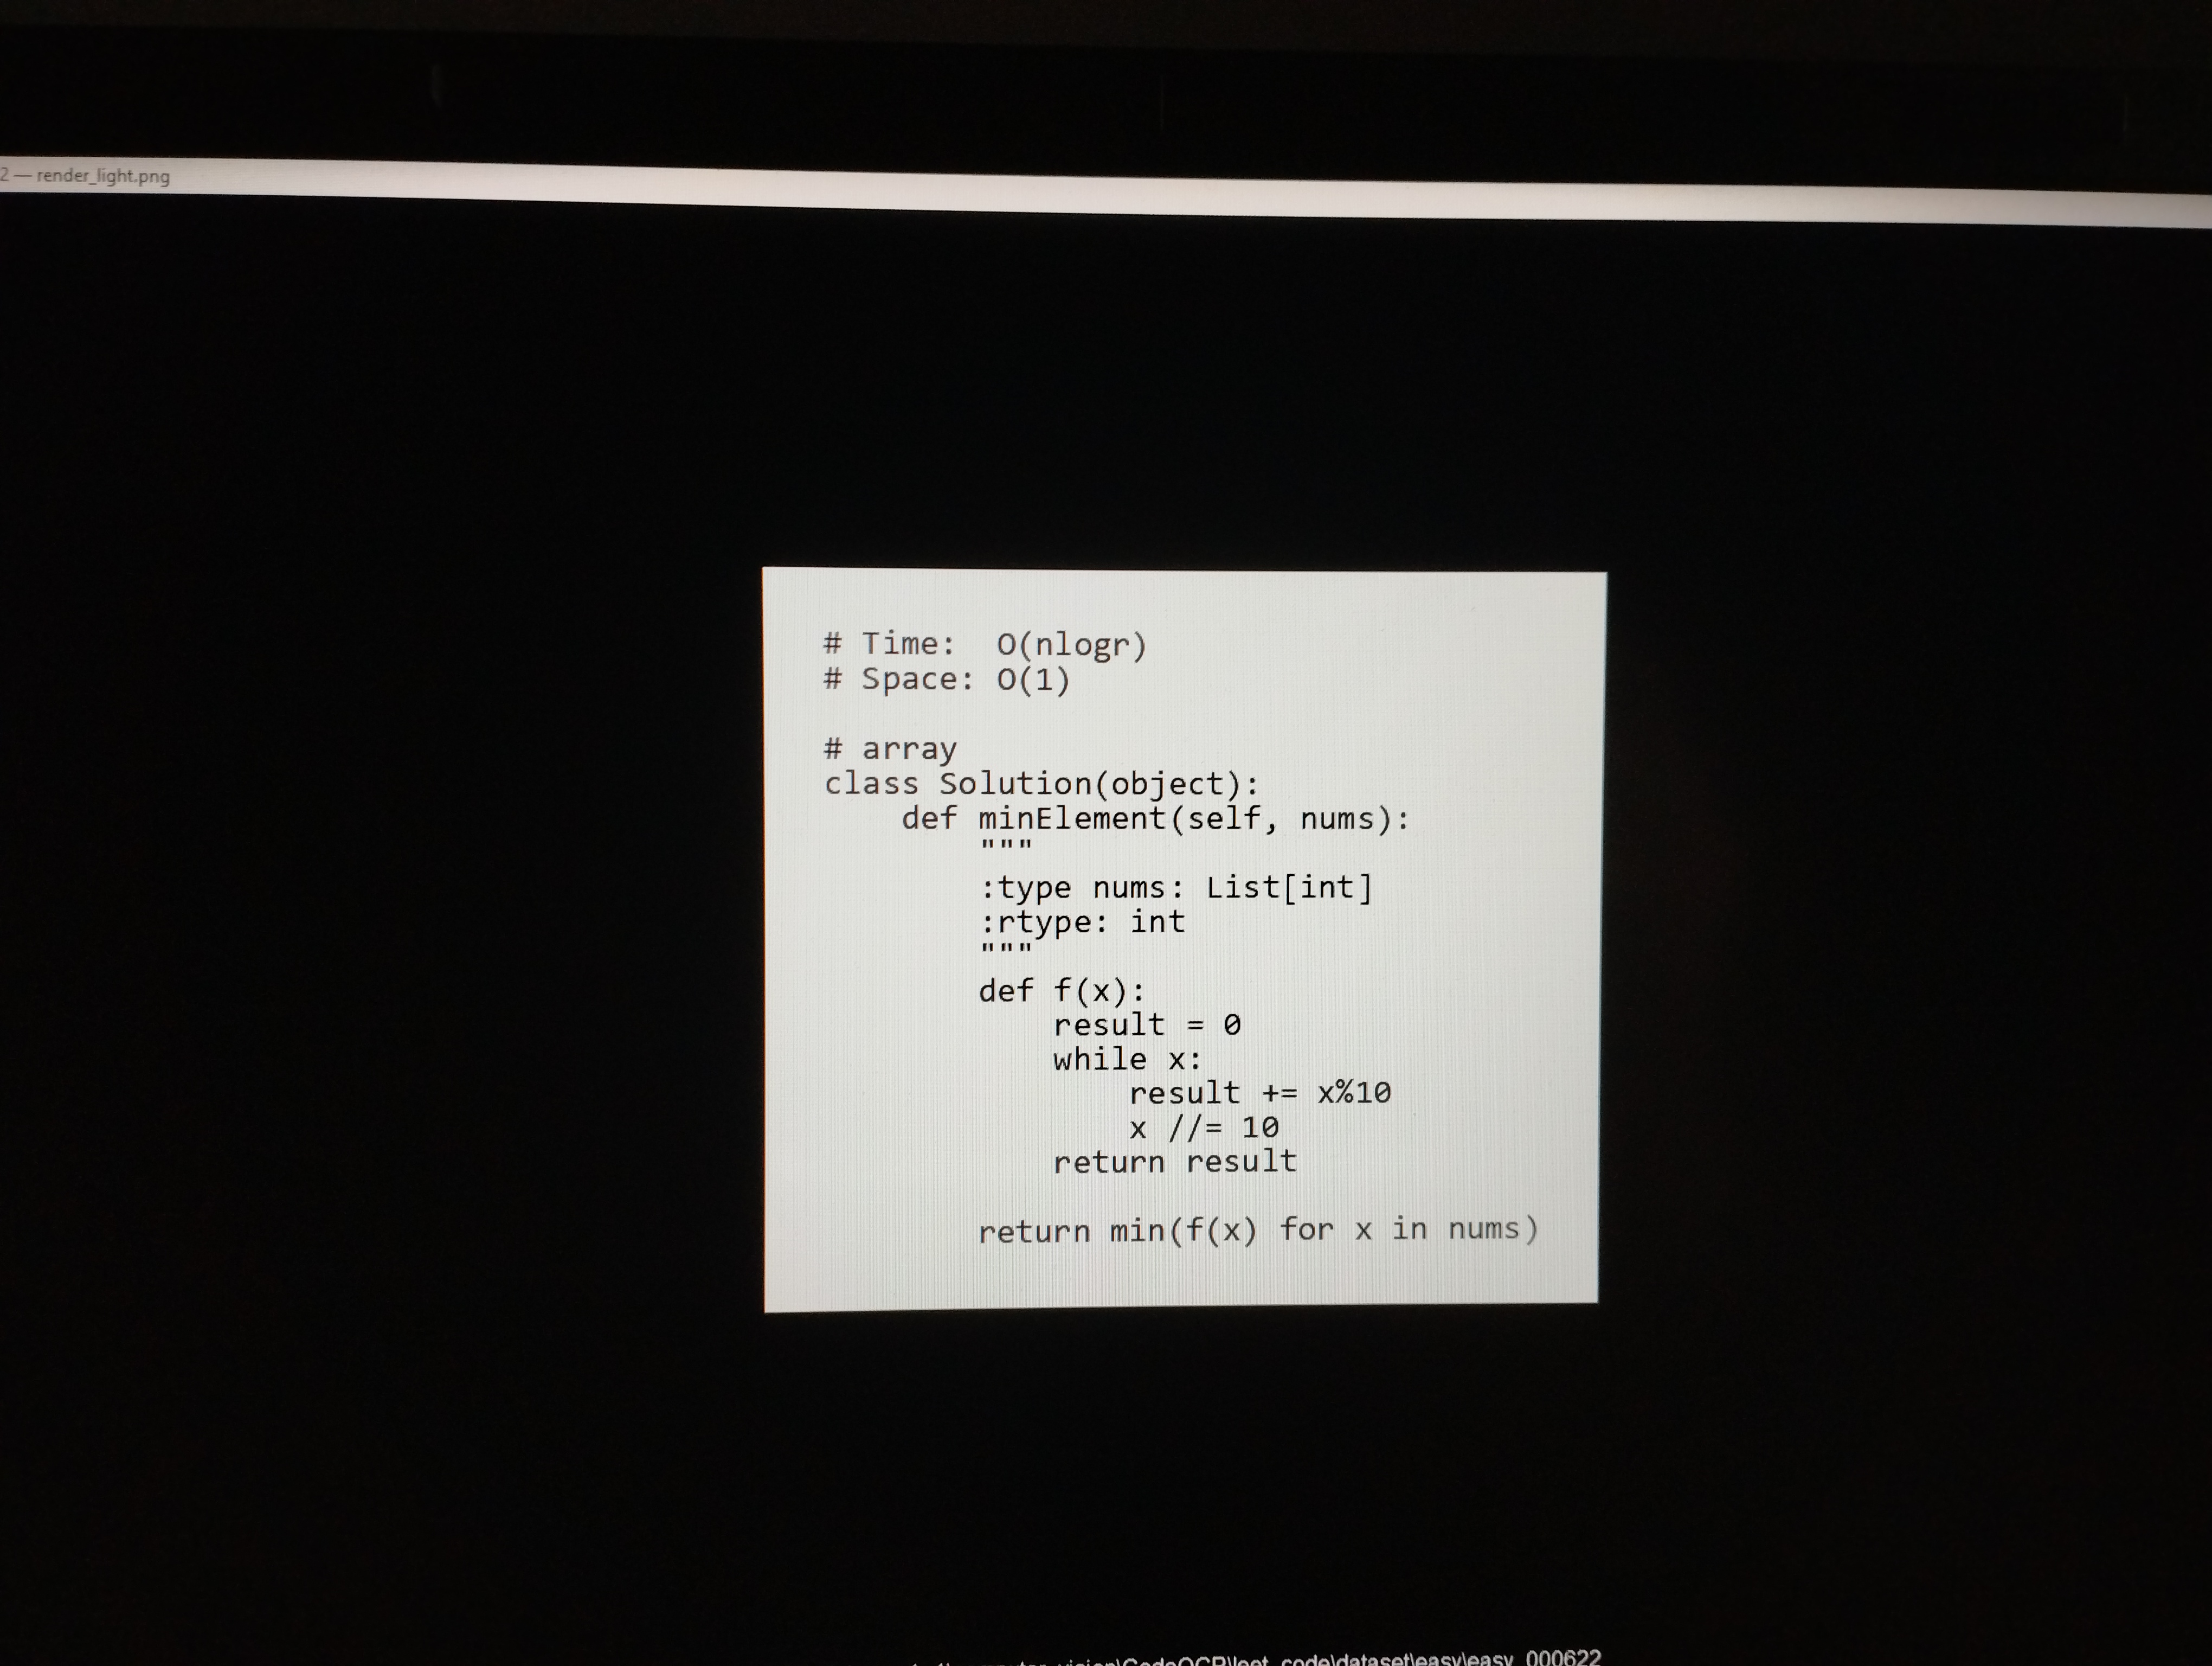
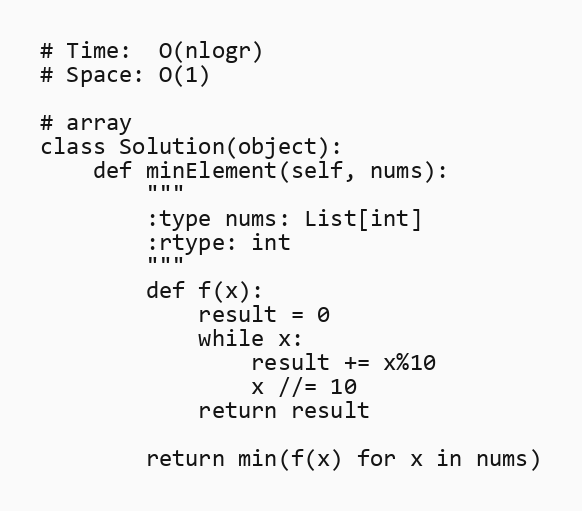
# Time:  O(nlogr)
# Space: O(1)

# array
class Solution(object):
    def minElement(self, nums):
        """
        :type nums: List[int]
        :rtype: int
        """
        def f(x):
            result = 0
            while x:
                result += x%10
                x //= 10
            return result

        return min(f(x) for x in nums)